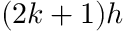
( 2 k + 1 ) h